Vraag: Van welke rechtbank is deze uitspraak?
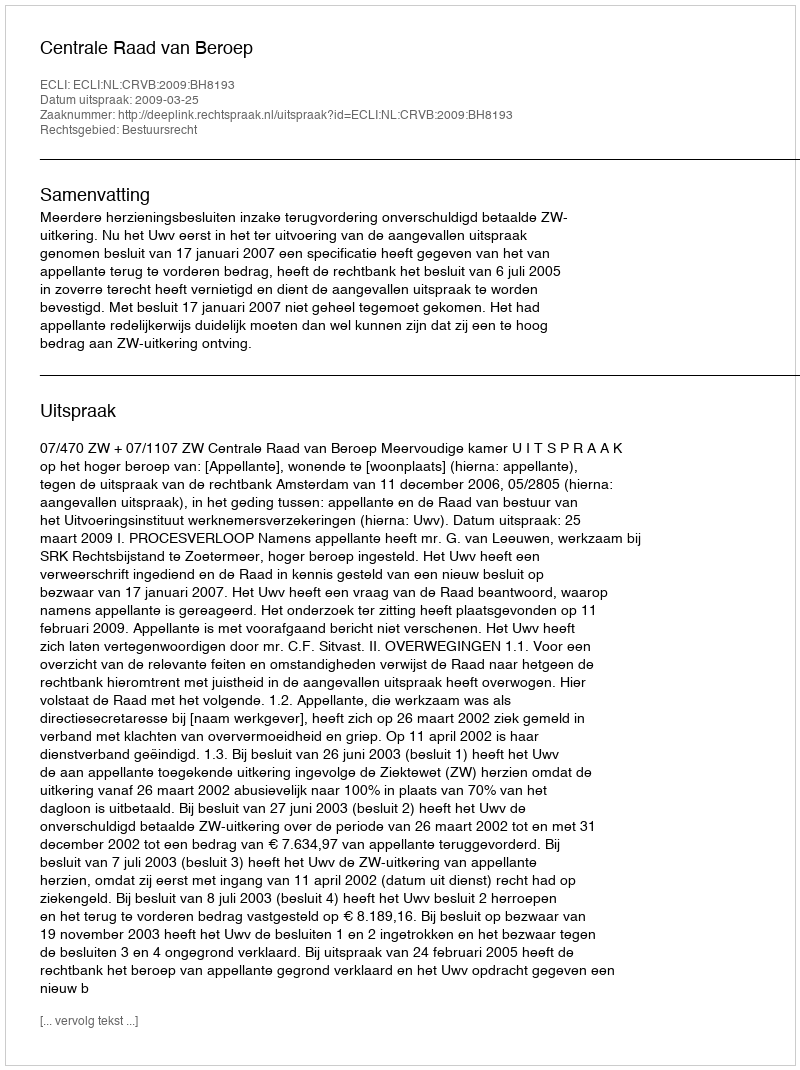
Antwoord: Centrale Raad van Beroep